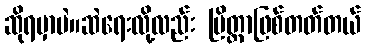
ဆိုရမှာပဲ။ဆဲရေးလို့လည်း ပြိတ္တာဖြစ်တတ်တယ်